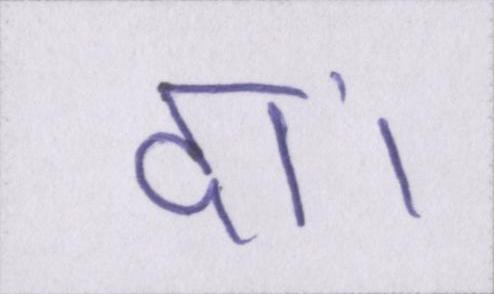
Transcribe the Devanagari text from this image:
दां।